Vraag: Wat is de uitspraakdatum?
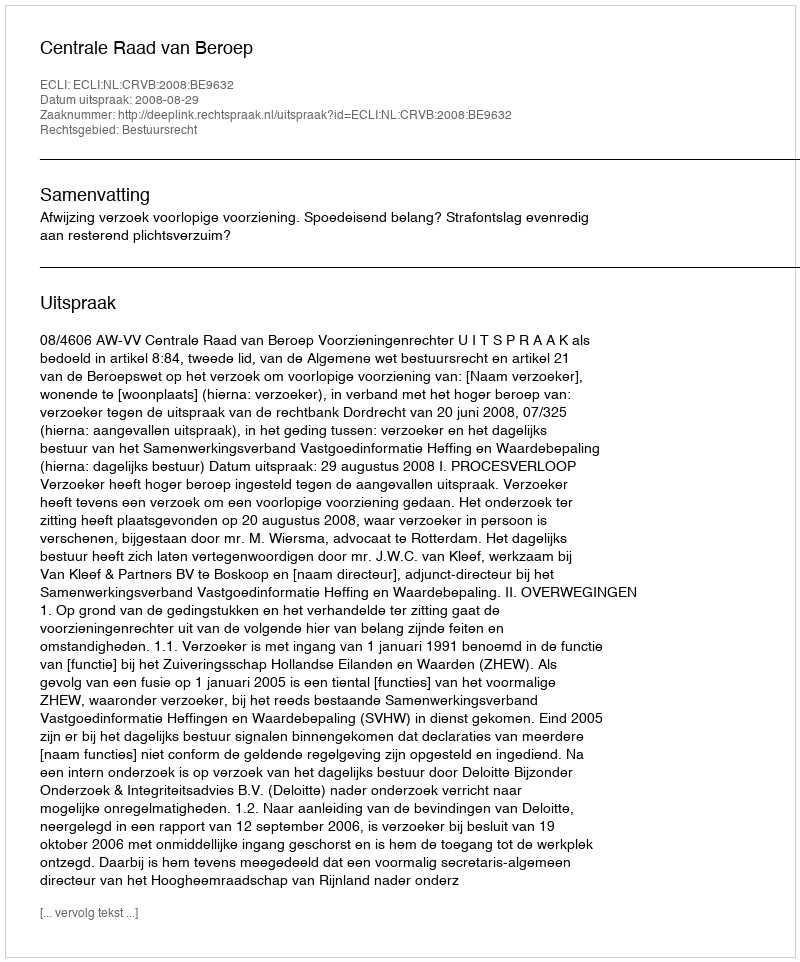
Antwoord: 2008-08-29